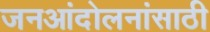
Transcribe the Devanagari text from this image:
जनआंदोलनांसाठी